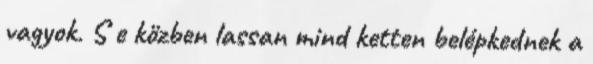
vagyok. S e közben lassan mind ketten belépkednek a